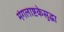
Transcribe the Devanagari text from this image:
मंगलाष्टकेसुद्धा